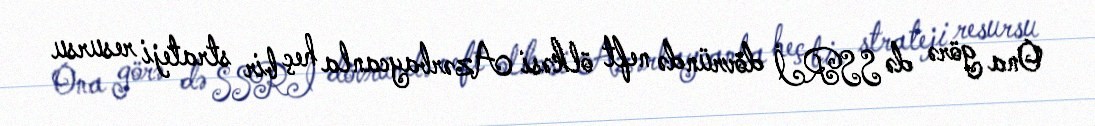
Ona görə də SSRİ dövründə neft ölkəsi Azərbaycanla heç bir strateji resursu